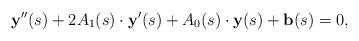
LaTeX: \begin{align*}\mathbf{y''}(s)+2A_1(s)\cdot\mathbf{y}'(s)+A_0(s)\cdot\mathbf{y}(s)+\mathbf{b}(s)=0, \end{align*}